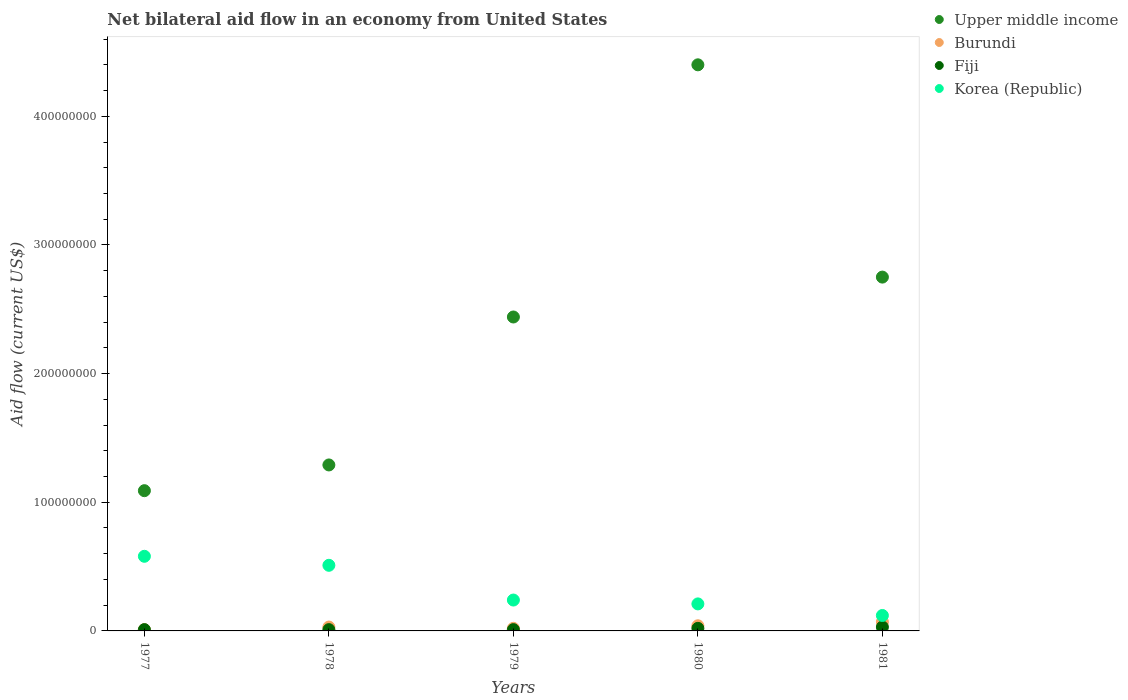
| Years | Upper middle income | Burundi | Fiji | Korea (Republic) |
 | --- | --- | --- | --- | --- |
 | 1977 | 1.09e+08 | 1e+06 | 1e+06 | 5.8e+07 |
 | 1978 | 1.29e+08 | 3e+06 | 1e+06 | 5.1e+07 |
 | 1979 | 2.44e+08 | 2e+06 | 1e+06 | 2.4e+07 |
 | 1980 | 4.4e+08 | 4e+06 | 2e+06 | 2.1e+07 |
 | 1981 | 2.75e+08 | 7e+06 | 3e+06 | 1.2e+07 |